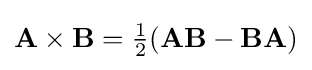
\mathbf {A} \times \mathbf {B} ={\tfrac {1}{2}}(\mathbf {AB} -\mathbf {BA} )